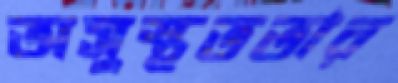
অসুস্থততার